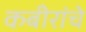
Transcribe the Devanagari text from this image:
कबीरांचे